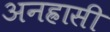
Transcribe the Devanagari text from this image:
अनह्रासी